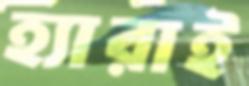
হ্যারাই